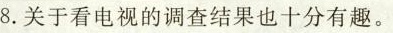
8.关于看电视的调查结果也十分有趣。